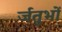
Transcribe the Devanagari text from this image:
र्जतुभों